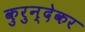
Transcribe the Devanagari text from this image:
कुरुन्देकर